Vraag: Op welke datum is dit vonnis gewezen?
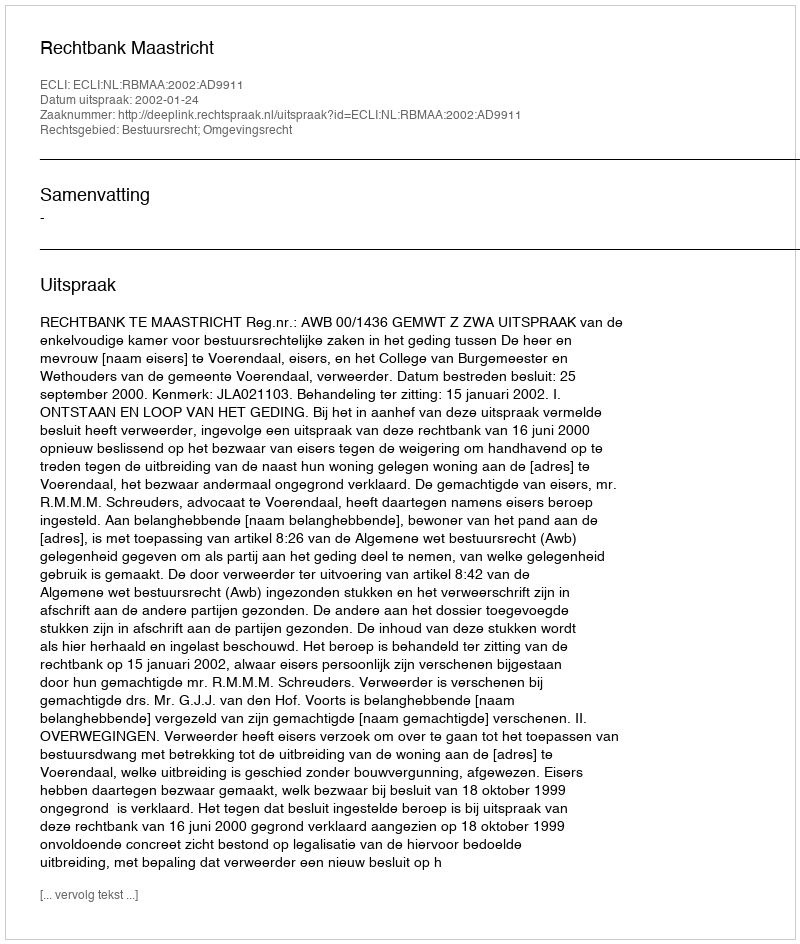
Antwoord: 2002-01-24